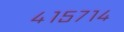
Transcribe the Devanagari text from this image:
४१५७१४